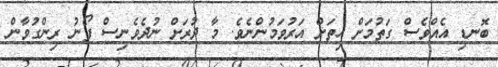
ބޮނޑި އެއްވެސް ގަތުމަށްް ހިތަށް އަރުވަމުންނެވެ. މާ ދުރަށް ނުދެވެނިސް ފޯނު ރިންގުވާން